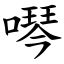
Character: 噖